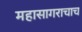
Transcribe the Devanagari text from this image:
महासागराचाच